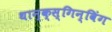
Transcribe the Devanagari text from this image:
थान्क्स्गिन्विंग